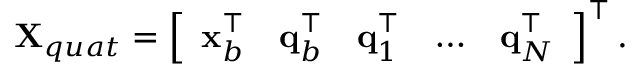
\mathbf { X } _ { q u a t } = \left[ \begin{array} { l l l l l } { \mathbf { x } _ { b } ^ { \top } } & { \mathbf { q } _ { b } ^ { \top } } & { \mathbf { q } _ { 1 } ^ { \top } } & { \hdots } & { \mathbf { q } _ { N } ^ { \top } } \end{array} \right] ^ { \top } .